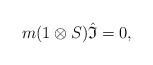
LaTeX: \begin{gather*}m(1\otimes{S}){\hat{\mathfrak{I}}}=0,\end{gather*}